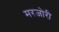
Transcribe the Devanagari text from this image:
मरजोरी